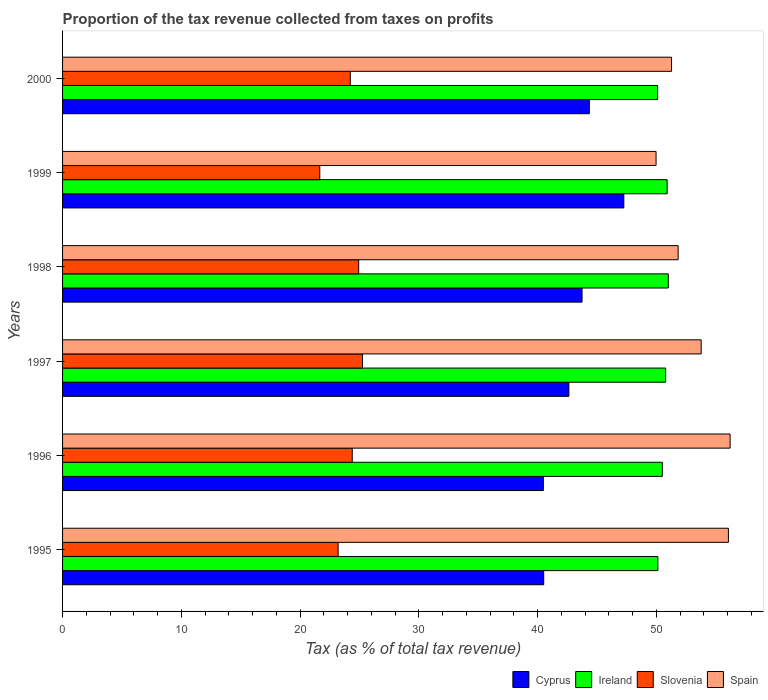
| Years | Cyprus | Ireland | Slovenia | Spain |
 | --- | --- | --- | --- | --- |
 | 1995 | 40.5 | 50.1 | 23.2 | 56.1 |
 | 1996 | 40.5 | 50.5 | 24.4 | 56.2 |
 | 1997 | 42.6 | 50.8 | 25.3 | 53.8 |
 | 1998 | 43.7 | 51 | 24.9 | 51.8 |
 | 1999 | 47.3 | 50.9 | 21.7 | 50 |
 | 2000 | 44.4 | 50.1 | 24.2 | 51.3 |